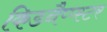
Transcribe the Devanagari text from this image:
किडनैप्प्स्टर